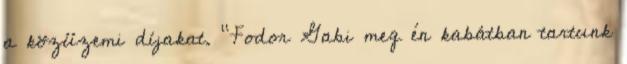
a közüzemi díjakat. "Fodor Gabi meg én kabátban tartunk